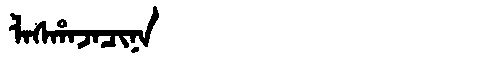
Manchu: ᠯᠠᠰᡥᠠᠵᠠᠴᡳᠨᠠ
Romanization: LASHAJACINA